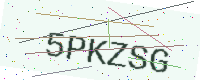
Text: 5PKZSG